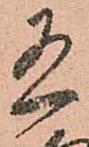
有